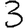
Digit: 3